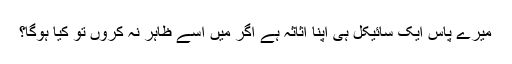
میرے پاس ایک سائیکل ہی اپنا اثاثہ ہے اگر میں اسے ظاہر نہ کروں تو کیا ہوگا؟